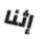
إثنا